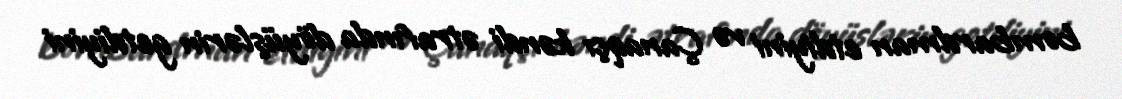
bombardman etdiyini və Çanaqçı kəndi ətrafında döyüşlərin getdiyini